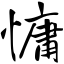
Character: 慵